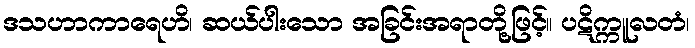
ဒသဟာကာရေဟိ၊ ဆယ်ပါးသော အခြင်းအရာတို့ဖြင့်။ ပဋိက္ကူလတံ၊